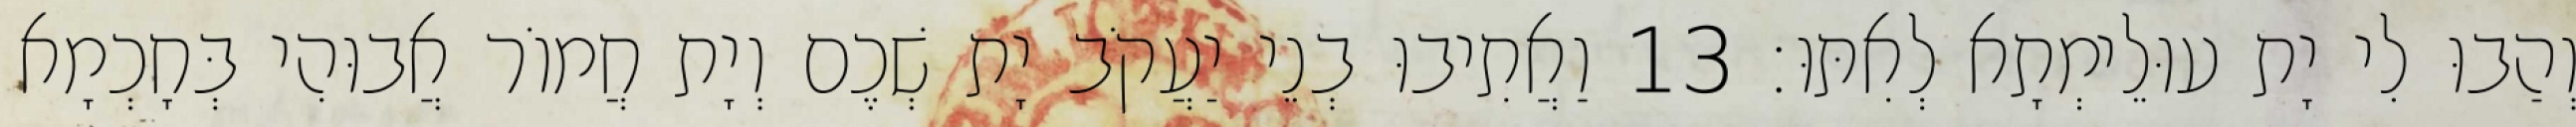
וְהַבוּ לִי יָת עוּלֵימְתָא לְאִתּוּ׃ 13 וַאֲתִיבוּ בְנֵי יַעֲקֹב יָת שְׁכֶם וְיָת חֲמוֹר אֲבוּהִי בְּחָכְמָא